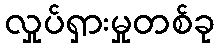
လှုပ်ရှားမှုတစ်ခု